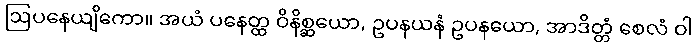
ဩပနေယျိကော။ အယံ ပနေတ္ထ ဝိနိစ္ဆယော, ဥပနယနံ ဥပနယော, အာဒိတ္တံ စေလံ ဝါ